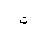
Letter: _ta